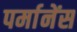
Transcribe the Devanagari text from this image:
पर्मानेंस